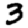
Digit: 3